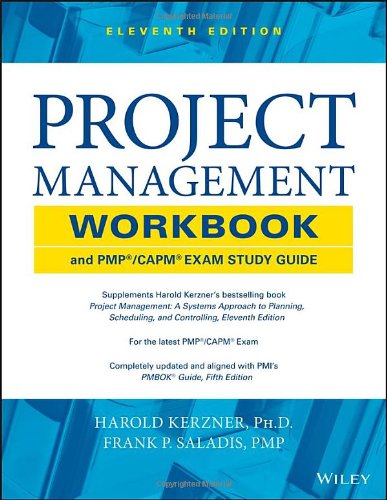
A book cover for Project Management Workbook and PMP / CAPM Exam Study Guide; Harold R. Kerzner; Test Preparation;